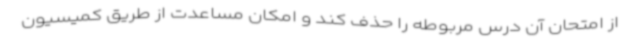
از امتحان آن درس مربوطه را حذف کند و امکان مساعدت از طریق کمیسیون